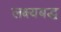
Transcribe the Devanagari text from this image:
लक्ष्यबद्ध